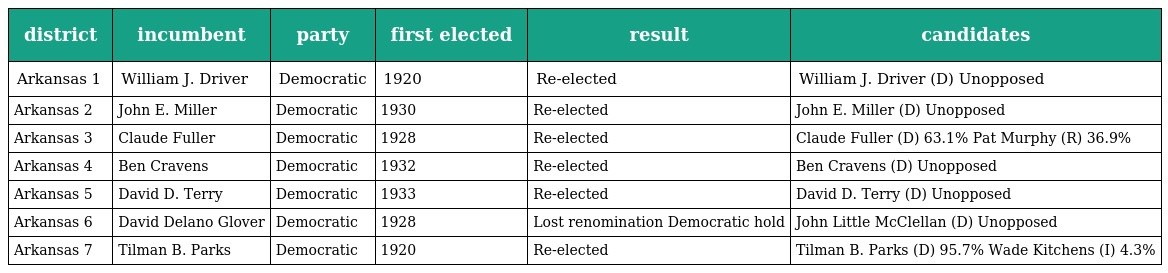
| district | incumbent | party | first elected | result | candidates |
 | --- | --- | --- | --- | --- | --- |
 | Arkansas 1 | William J. Driver | Democratic | 1920 | Re-elected | William J. Driver (D) Unopposed |
 | Arkansas 2 | John E. Miller | Democratic | 1930 | Re-elected | John E. Miller (D) Unopposed |
 | Arkansas 3 | Claude Fuller | Democratic | 1928 | Re-elected | Claude Fuller (D) 63.1% Pat Murphy (R) 36.9% |
 | Arkansas 4 | Ben Cravens | Democratic | 1932 | Re-elected | Ben Cravens (D) Unopposed |
 | Arkansas 5 | David D. Terry | Democratic | 1933 | Re-elected | David D. Terry (D) Unopposed |
 | Arkansas 6 | David Delano Glover | Democratic | 1928 | Lost renomination Democratic hold | John Little McClellan (D) Unopposed |
 | Arkansas 7 | Tilman B. Parks | Democratic | 1920 | Re-elected | Tilman B. Parks (D) 95.7% Wade Kitchens (I) 4.3% |